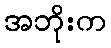
အဘိုးက